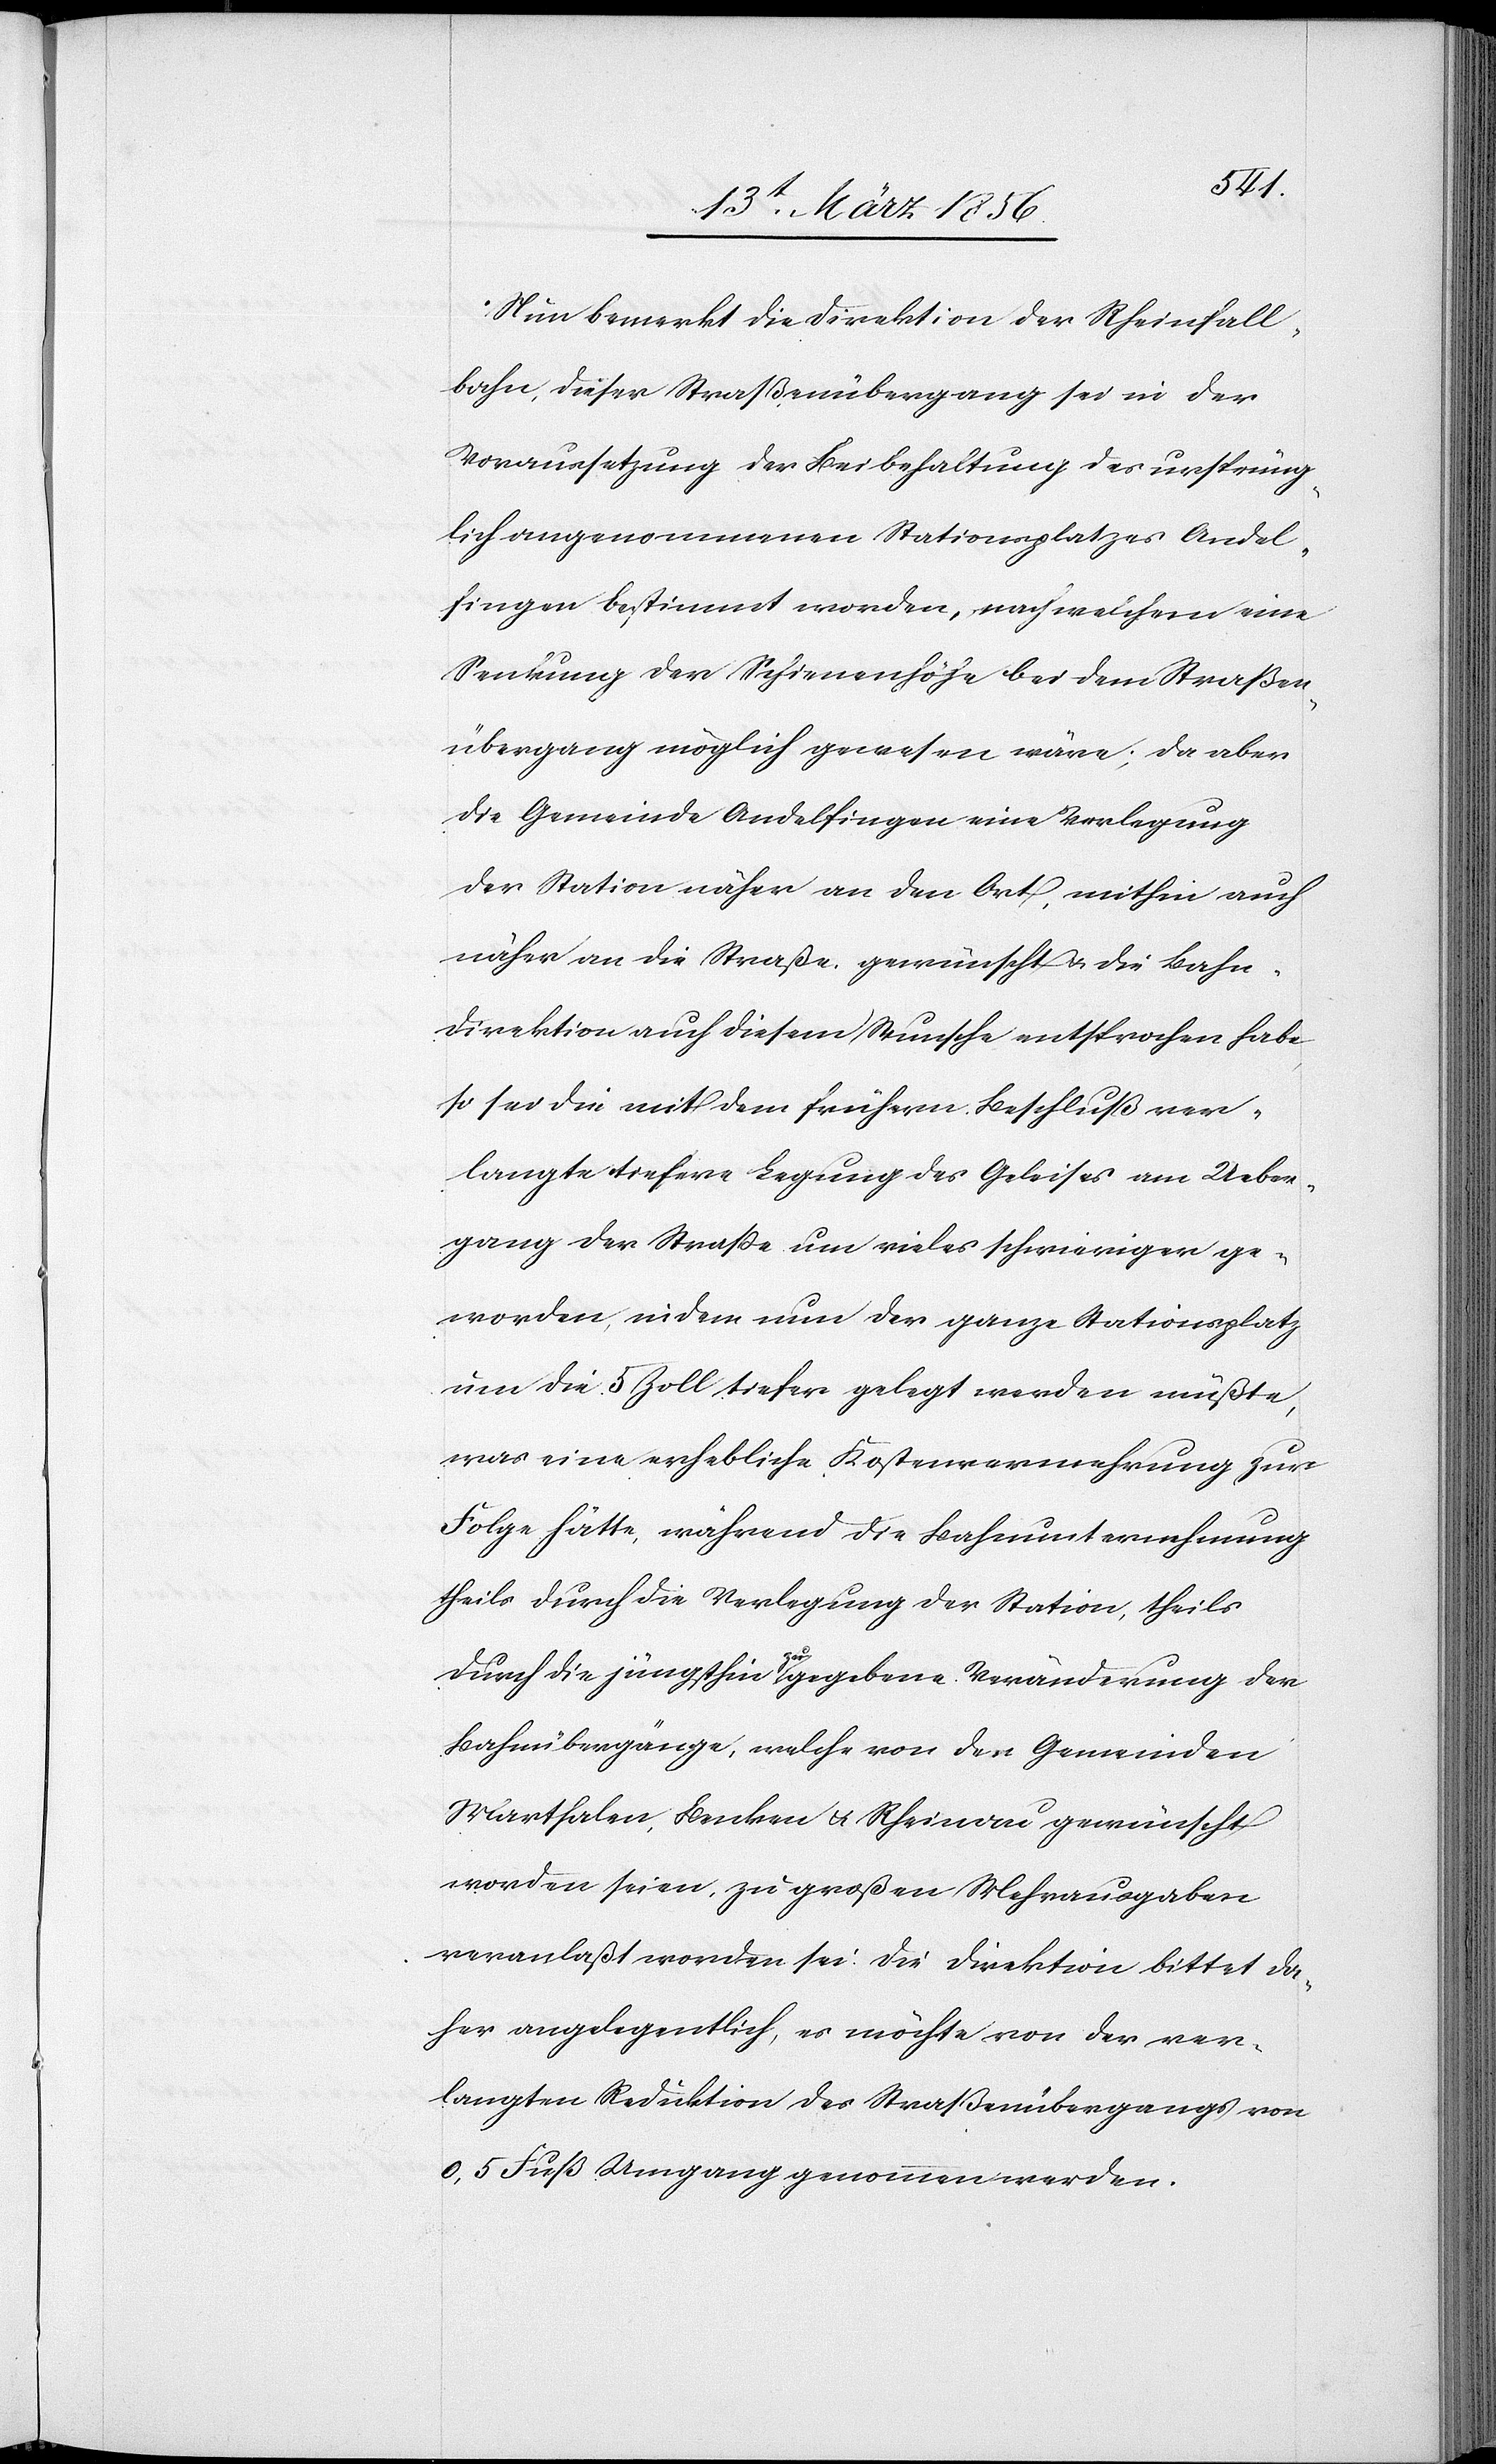
Nun bemerkt die Direktion der Rheinfall¬
bahn, dieser Straßenübergang sei in der
Voraussetzung der Beibehaltung des ursprüng¬
lich angenommenen Stationsplatzes Andel¬
fingen bestimmt worden, nach welchem eine
Senkung der Schienenhöhe bei dem Straßen¬
übergang möglich gewesen wäre; da aber
die Gemeinde Andelfingen eine Verlegung
der Station näher an den Ort, mithin auch
näher an die Straße. gewünscht & die Bahn¬
direktion auch diesem Wunsche entsprochen habe,
so sei die mit dem frühern Beschluß ver¬
langte tiefere Legung des Geleises am Ueber¬
gang der Straße um vieles schwieriger ge¬
worden, indem nun der ganz Stationsplatz
um die 5 Zoll tiefer gelegt werden müßte,
was eine erhebliche Kostenvermehrung zur
Folge hätte, während die Bahnunternehmung
theils durch die Verlegung der Station, theils
durch die jüngsthin a-zu-a gegebene Veränderung der
Bahnübergänge, welche von den Gemeinden
Marthalen, Benken & Rheinau gewünscht
worden seien, zu großen Mehrausgaben
veranlaßt worden sei. Die Direktion bittet da¬
her angelegentlich, es möchte von der ver¬
langten Reduktion des Straßenübergangs von
0,5 Fuß Umgang genommen werden.